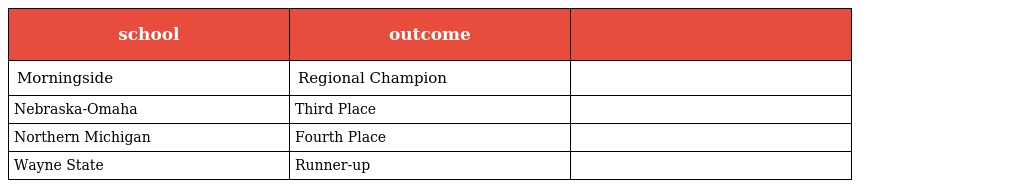
| school | outcome |  |
 | --- | --- | --- |
 | Morningside | Regional Champion |  |
 | Nebraska-Omaha | Third Place |  |
 | Northern Michigan | Fourth Place |  |
 | Wayne State | Runner-up |  |